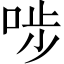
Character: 𠳤